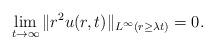
LaTeX: \begin{align*}\lim_{t\to\infty}\|r^2u(r,t)\|_{L^{\infty}(r\ge \lambda t)}=0.\end{align*}